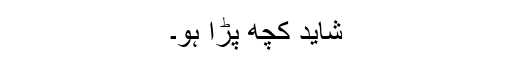
شاید کچھ پڑا ہو۔